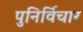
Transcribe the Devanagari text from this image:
पुनिर्विचार